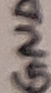
Text: GND